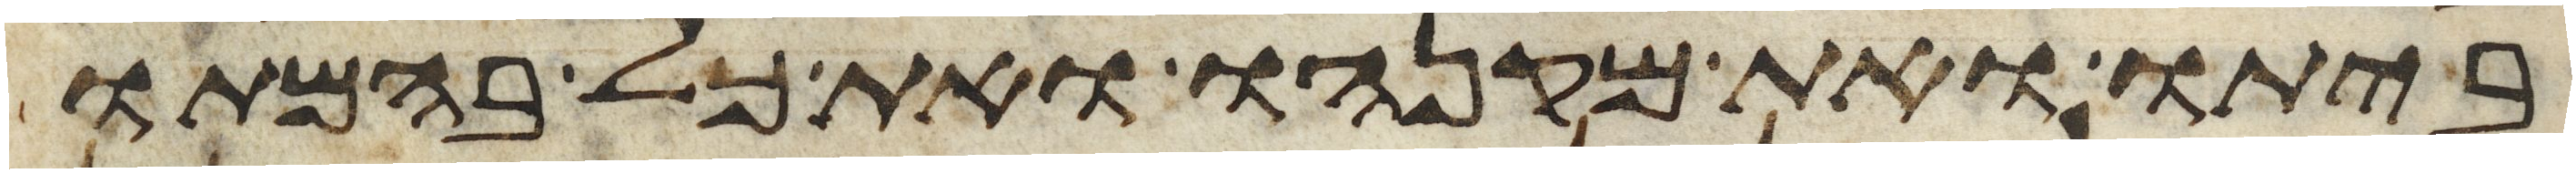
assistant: ביתו ואת מקנהו ואת כל בהמתו